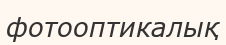
фотооптикалық